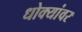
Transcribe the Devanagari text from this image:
धोक्यांवर